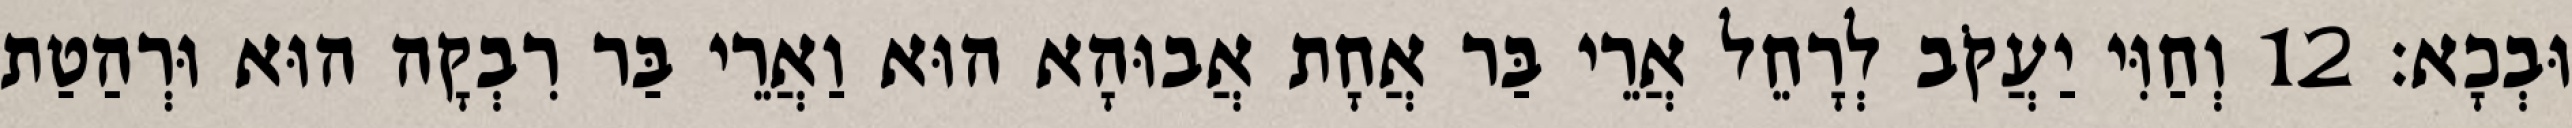
וּבְכָא׃ 12 וְחַוִּי יַעֲקֹב לְרָחֵל אֲרֵי בַּר אֲחָת אֲבוּהָא הוּא וַאֲרֵי בַּר רִבְקָה הוּא וּרְהַטַת